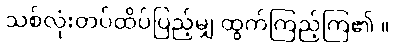
သစ်လုံးတပ်ထိပ်ပြည့်မျှ ထွက်ကြည့်ကြ၏ ။